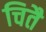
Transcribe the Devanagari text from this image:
चितै